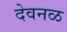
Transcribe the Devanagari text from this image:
देवनळ